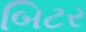
બિટર